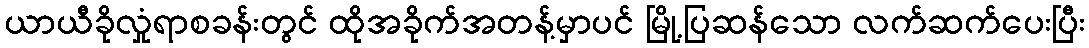
ယာယီခိုလှုံရာစခန်းတွင် ထိုအခိုက်အတန့်မှာပင် မြို့ပြဆန်သော လက်ဆက်ပေးပြီး